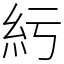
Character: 䊸